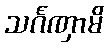
သင်္ဂဏှာမိ